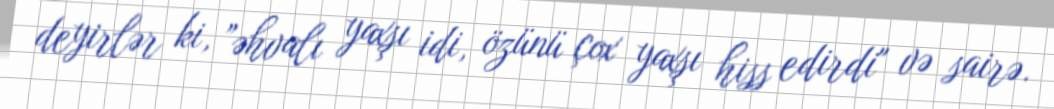
deyirlər ki, ”əhvalı yaxşı idi, özünü çox yaxşı hiss edirdi" və sairə.